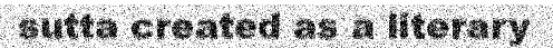
sutta created as a literary